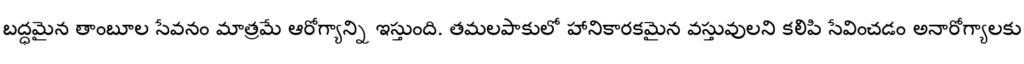
బద్ధమైన తాంబూల సేవనం మాత్రమే ఆరోగ్యాన్ని ఇస్తుంది. తమలపాకులో హానికారకమైన వస్తువులని కలిపి సేవించడం అనారోగ్యాలకు